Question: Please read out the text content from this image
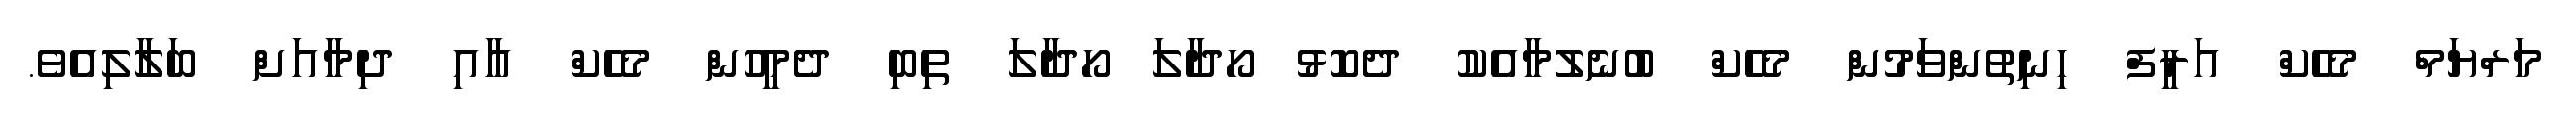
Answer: މަރްޔަމް މެހެކް އަރީފް ހިނިތުންވަމުން މެހެކް ބުނެލުމާއެކު ދެކޮޅު ހޯދާލަ ހޯދާލަ ތިބި ދެމީހުން މެހެކް އާއި ދިމާއަށް ބަލާލިއެވެ.